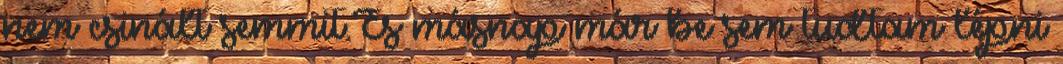
nem csinált semmit.És másnap már be sem tudtam lépni